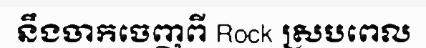
នឹងចាកចេញពី Rock ស្របពេល